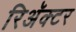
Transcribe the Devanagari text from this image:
रिअॅक्टर